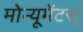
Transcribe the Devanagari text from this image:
मोन्यूमेंटस्